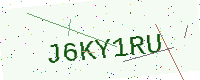
Text: J6KY1RU